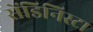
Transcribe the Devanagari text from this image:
सेंडिनिस्टा